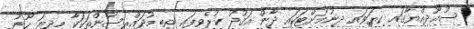
ސުޢޫދިއްޔާގައި ކިޔަވައި ދިނުމަށްޓަކައި ދާން ޢަޤުދު ކުރެވިފައި ތިބި މުދައްރިސުންތަކަކާ މިދިޔަ ހޫނު